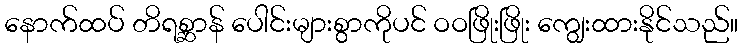
နောက်ထပ် တိရစ္ဆာန် ပေါင်းများစွာကိုပင် ဝဝဖြိုးဖြိုး ကျွေးထားနိုင်သည်။